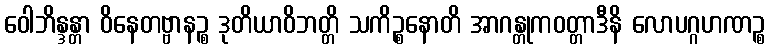
ဝေါဘိန္ဒန္တာ ဝိနေတဗ္ဗာနဉ္စ ဒုတိယာဝိဘတ္တိ သကိဉ္စနောတိ အာဂန္တုကဝတ္တာဒီနိ လောပဂ္ဂဟဏဉ္စ